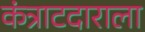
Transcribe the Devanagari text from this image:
कंत्राटदाराला